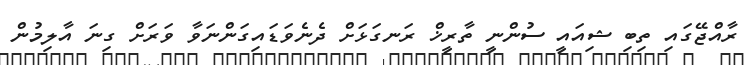
ރާއްޖޭގައި ތިބި ޝިއައީ ސުންނީ ތާރީޚް ރަނގަޅަށް ދެނެވަޑައިގަންނަވާ ވަރަށް ގިނަ އާލިމުން